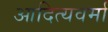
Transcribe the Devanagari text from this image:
आदित्यवर्मा